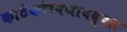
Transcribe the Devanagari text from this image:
काटेकोरपणाबद्दल